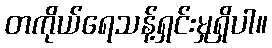
တကိုယ်ရေသန့်ရှင်းမှုရှိပါ။